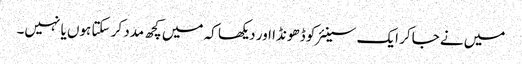
میں نے جاکر ایک سینئر کو ڈھونڈا اور دیکھا کہ میں کچھ مدد کر سکتا ہوں یا نہیں۔